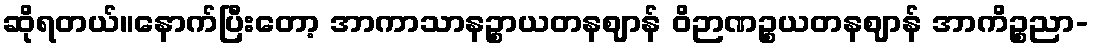
ဆိုရတယ်။နောက်ပြီးတော့ အာကာသာနဉ္စာယတနဈာန် ဝိဉာဏဉ္စယတနဈာန် အာကိဉ္စညာ-